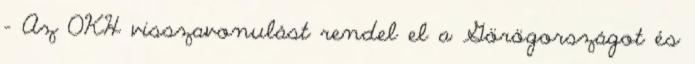
- Az OKH visszavonulást rendel el a Görögországot és